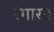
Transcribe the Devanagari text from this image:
रंगास्त